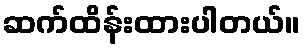
ဆက်ထိန်းထားပါတယ်။